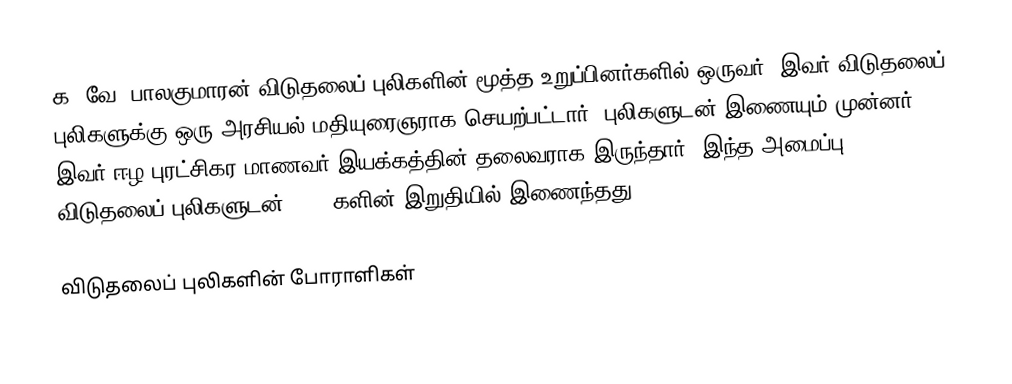
க. வே. பாலகுமாரன் விடுதலைப் புலிகளின் மூத்த உறுப்பினர்களில் ஒருவர். இவர் விடுதலைப் புலிகளுக்கு ஒரு அரசியல் மதியுரைஞராக செயற்பட்டார். புலிகளுடன் இணையும் முன்னர் இவர் ஈழ புரட்சிகர மாணவர் இயக்கத்தின் தலைவராக இருந்தார். இந்த அமைப்பு விடுதலைப் புலிகளுடன் 1990 களின் இறுதியில் இணைந்தது.

விடுதலைப் புலிகளின் போராளிகள்